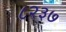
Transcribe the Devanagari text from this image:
८२३७